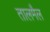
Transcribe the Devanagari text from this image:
तालमैल